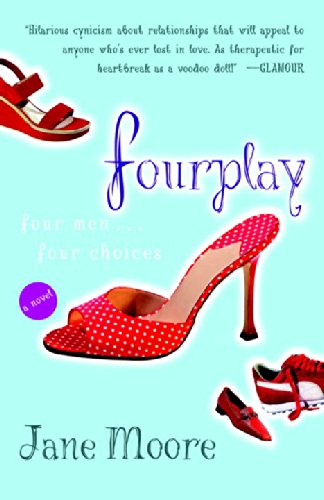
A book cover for Fourplay: A Novel; Jane Moore; Literature & Fiction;